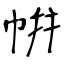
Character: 帲